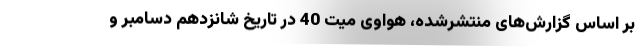
بر اساس گزارش‌های منتشرشده، هواوی میت 40 در تاریخ شانزدهم دسامبر و